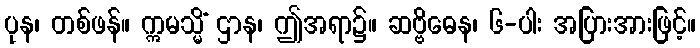
ပုန၊ တစ်ဖန်။ ဣမသ္မိံ ဌာန၊ ဤအရာ၌။ ဆဗ္ဗိဓေန၊ ၆-ပါး အပြားအားဖြင့်။